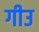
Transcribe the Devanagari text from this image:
गीउ